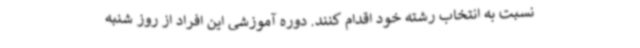
نسبت به انتخاب رشته خود اقدام کنند. دوره آموزشی این افراد از روز شنبه